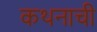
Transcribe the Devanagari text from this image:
कथनाची